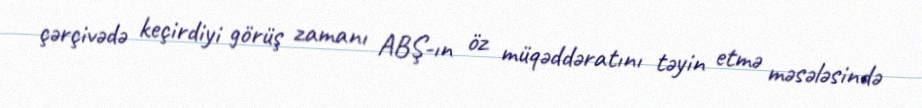
çərçivədə keçirdiyi görüş zamanı ABŞ-ın öz müqəddəratını təyin etmə məsələsində